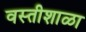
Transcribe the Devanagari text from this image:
वस्तीशाळा